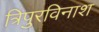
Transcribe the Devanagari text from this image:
त्रिपुरविनाश